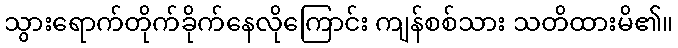
သွားရောက်တိုက်ခိုက်နေလိုကြောင်း ကျန်စစ်သား သတိထားမိ၏။